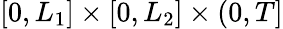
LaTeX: [0,L_{1}]\times[0,L_{2}]\times(0,T]